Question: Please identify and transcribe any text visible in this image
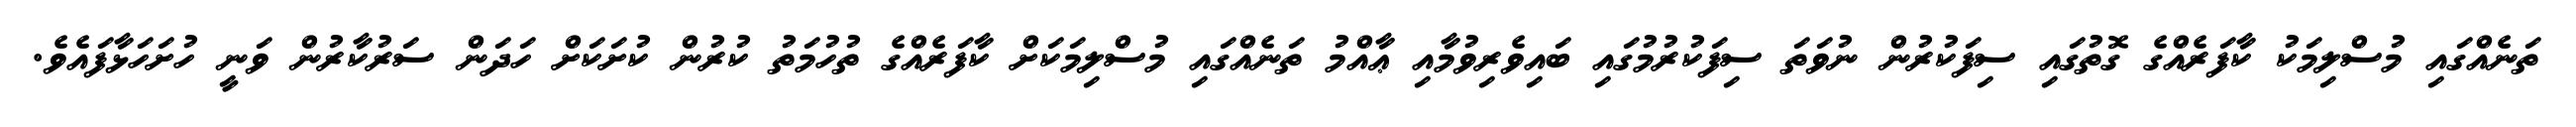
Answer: ތަނެއްގައި މުސްލިމަކު ކާފަރެއްގެ ގޮތުގައި ސިފަކުރުން ނުވަތަ ސިފަކުރުމުގައި ބައިވެރިވުމާއި ޢާއްމު ތަނެއްގައި މުސްލިމަކަށް ކާފަރެއްގެ ތުހުމަތު ކުރުން ކުށަކަށް ހަދަން ސަރުކާރުން ވަނީ ހުށަހަޅާފައެވެ.